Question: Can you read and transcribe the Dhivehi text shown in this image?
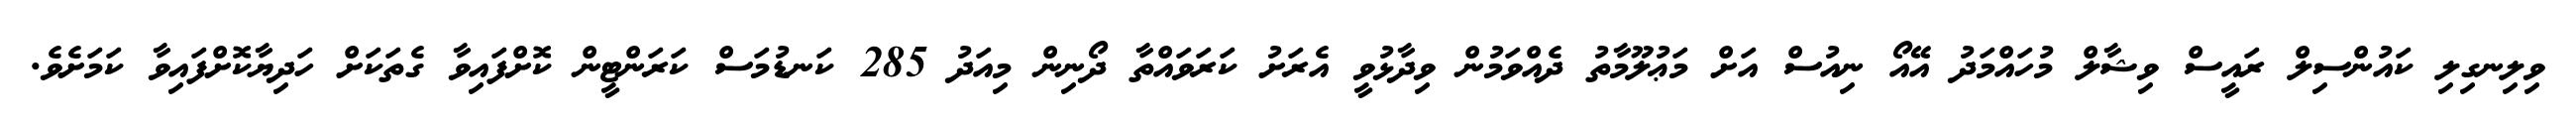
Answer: ވިލިނގިލި ކައުންސިލް ރައީސް ވިޝާލް މުހައްމަދު އޭއޯ ނިއުސް އަށް މަޢުލޫމާތު ދެއްވަމުން ވިދާޅުވީ އެރަށު ކަރަވައްތާ ދޯނިން މިއަދު 285 ކަނޑުމަސް ކަރަންޓީން ކޮށްފައިވާ ގެތަކަށް ހަދިޔާކޮށްފައިވާ ކަމަށެވެ.